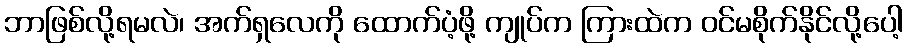
ဘာဖြစ်လို့ရမလဲ၊ အက်ရှလေကို ထောက်ပံ့ဖို့ ကျုပ်က ကြားထဲက ဝင်မစိုက်နိုင်လို့ပေါ့